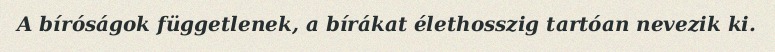
A bíróságok függetlenek, a bírákat élethosszig tartóan nevezik ki.